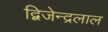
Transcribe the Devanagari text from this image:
द्बिजेन्द्रलाल